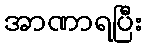
အာဏာရပြီး